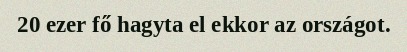
20 ezer fő hagyta el ekkor az országot.